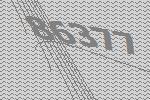
86377